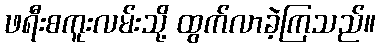
ဖရီးစကူးလမ်းသို့ ထွက်လာခဲ့ကြသည်။